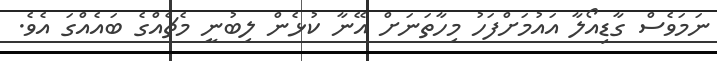
ނަމަވެސް ގާޑިއޯލާ އައުމަށްފަހު މިހާތަނަށް އޭނާ ކުޅެން ލިބުނީ މެޗެއްގެ ބައެއްގަ އެވެ.